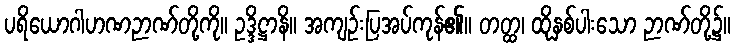
ပရိယောဂါဟဏဉာဏ်တို့ကို။ ဥဒ္ဒိဋ္ဌာနိ။ အကျဉ်းပြအပ်ကုန်၏။ တတ္ထ၊ ထိုနှစ်ပါးသော ဉာဏ်တို့၌။